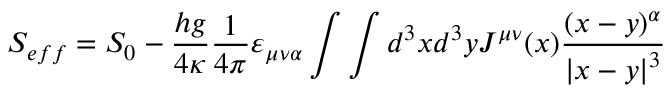
S _ { e f f } = S _ { 0 } - \frac { h g } { 4 \kappa } \frac 1 { 4 \pi } \varepsilon _ { \mu \nu \alpha } \int \int d ^ { 3 } x d ^ { 3 } y J ^ { \mu \nu } ( x ) \frac { ( x - y ) ^ { \alpha } } { \left| x - y \right| ^ { 3 } }